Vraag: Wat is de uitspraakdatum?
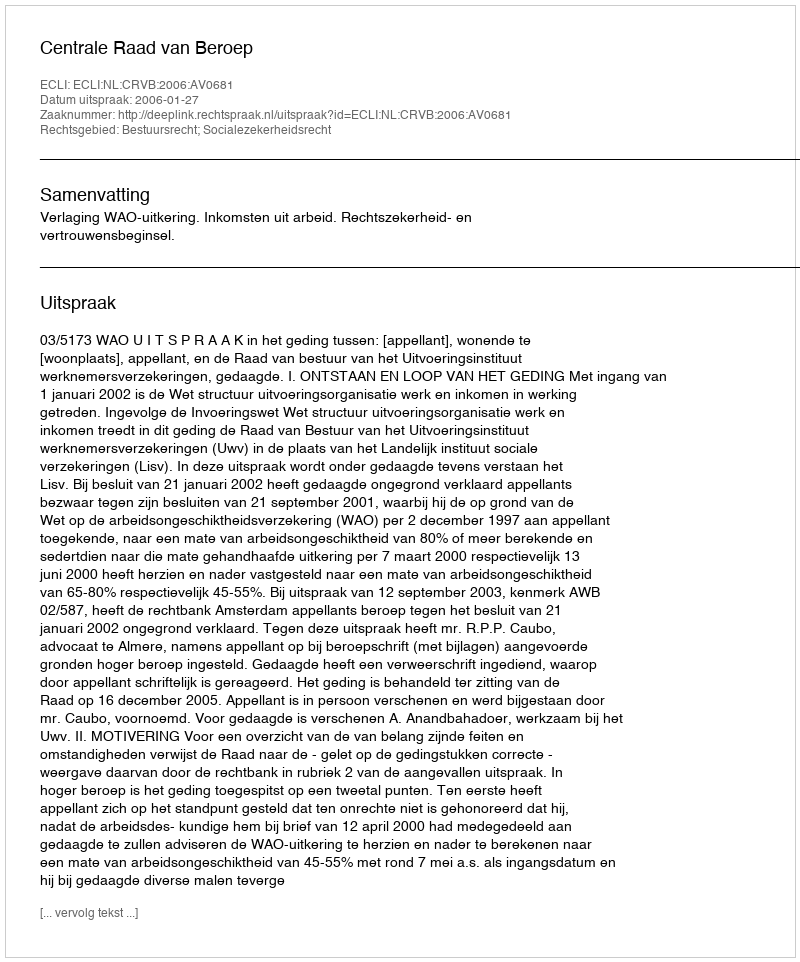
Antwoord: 2006-01-27